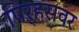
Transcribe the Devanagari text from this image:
पिर्‍हसवर